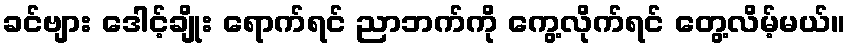
ခင်ဗျား ဒေါင့်ချိုး ရောက်ရင် ညာဘက်ကို ကွေ့လိုက်ရင် တွေ့လိမ့်မယ်။